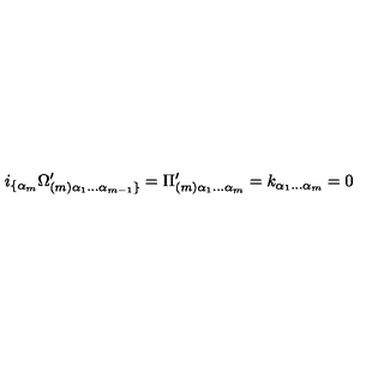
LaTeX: i _ { \{ \alpha _ { m } } \Omega _ { ( m ) \alpha _ { 1 } \dots \alpha _ { m - 1 } \} } ^ { \prime } = \Pi _ { ( m ) \alpha _ { 1 } \dots \alpha _ { m } } ^ { \prime } = k _ { \alpha _ { 1 } \dots \alpha _ { m } } = 0